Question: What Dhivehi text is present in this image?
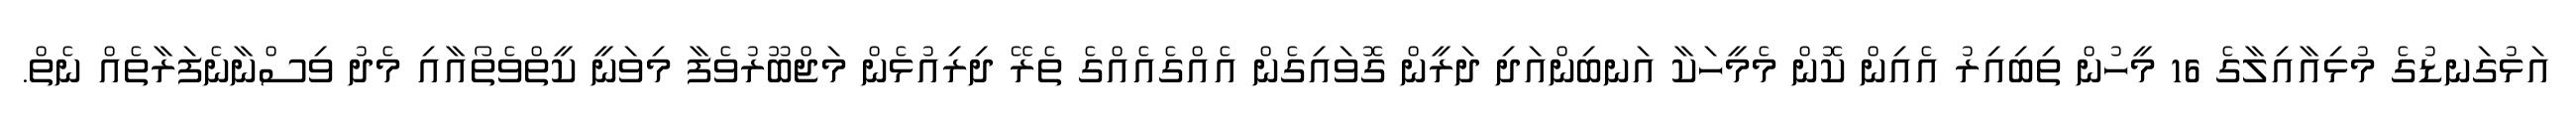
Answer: އަޅުގަނޑުގެ މުޅިއާއިލާގެ 16 މީހުން ތިބިއިރު އެއިން ކޮން މެމީހަކާ އަނބިންއަދި ދަރީން ގޮވައިގެން އެއްގެއެއްގެ ތެރޭ ދިރިއުޅެން މަޖްބޫރުވެފާ މިވަނީ ކީތްވެތޯއާއި މެދު ވިސްނާނެފަރާތެއް ނެތް.